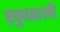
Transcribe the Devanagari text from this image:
ख़ुषहाली